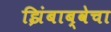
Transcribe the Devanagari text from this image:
झिंबाब्वेचा